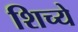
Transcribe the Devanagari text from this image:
शिच्ये